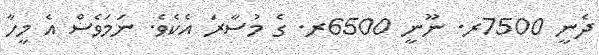
ދެނީ 7500ރ. ނޫނީ 6500ރ. ގެ މުސާރަ އެކެވެ. ނަމަވެސް އެ މީހާ